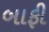
બાફી